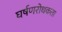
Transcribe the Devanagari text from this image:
घर्षणरोधकता